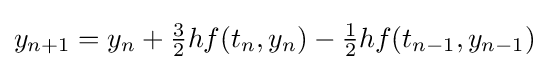
y_{n+1}=y_{n}+{\tfrac {3}{2}}hf(t_{n},y_{n})-{\tfrac {1}{2}}hf(t_{n-1},y_{n-1})